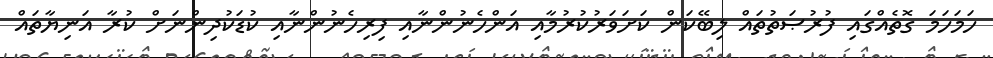
ހަމަހަމަ ގޮތެއްގައި ފުރުޞަތުތައް ލިބޭކަން ކަށަވަރުކުރުމާއި އަންހެނުންނާއި ފިރިހެނުންނާއި ކުޑަކުދިންނަށް ކުރާ އަނިޔާތައް